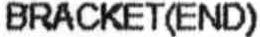
BRACKET(END)